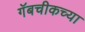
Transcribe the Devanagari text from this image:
गॅबचीकच्या